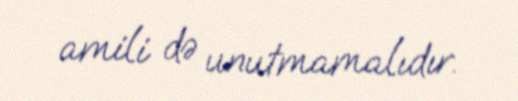
amili də unutmamalıdır.